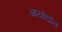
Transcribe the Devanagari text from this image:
आयोडोन